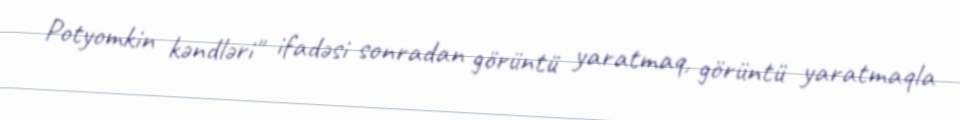
Potyomkin kəndləri" ifadəsi sonradan görüntü yaratmaq, görüntü yaratmaqla